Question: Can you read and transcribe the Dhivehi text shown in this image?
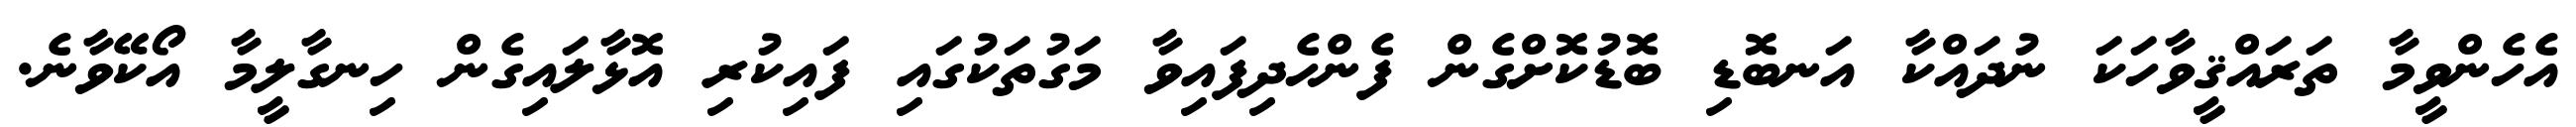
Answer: އެހެންވީމާ ތަރައްޤީވާހަކަ ނުދައްކާ އަނބޮޑި ބޮޑުކޮށްގެން ފެންހެދިފައިވާ މަގުތަކުގައި ފައިކުރި އޮޅާލައިގެން ހިނގާލީމާ އޯކޭވާނެ.